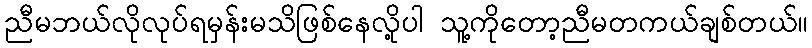
ညီမဘယ်လိုလုပ်ရမှန်းမသိဖြစ်နေလို့ပါ သူ့ကိုတော့ညီမတကယ်ချစ်တယ်။